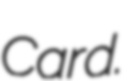
Card.